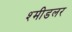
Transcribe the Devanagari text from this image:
श्मीडलर